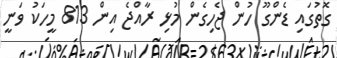
ގޮތުގައި ޑެންގޫ ހުން ޖެހިގެން މުޅި ރާއްޖެ އިން 813 މީހަކު ވަނީ